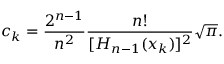
c _ { k } = \frac { 2 ^ { n - 1 } } { n ^ { 2 } } \frac { n ! } { [ H _ { n - 1 } ( x _ { k } ) ] ^ { 2 } } \sqrt { \pi } .